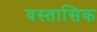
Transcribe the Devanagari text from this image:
वस्तासिक